Tartu_linnavalitsus, lk 96
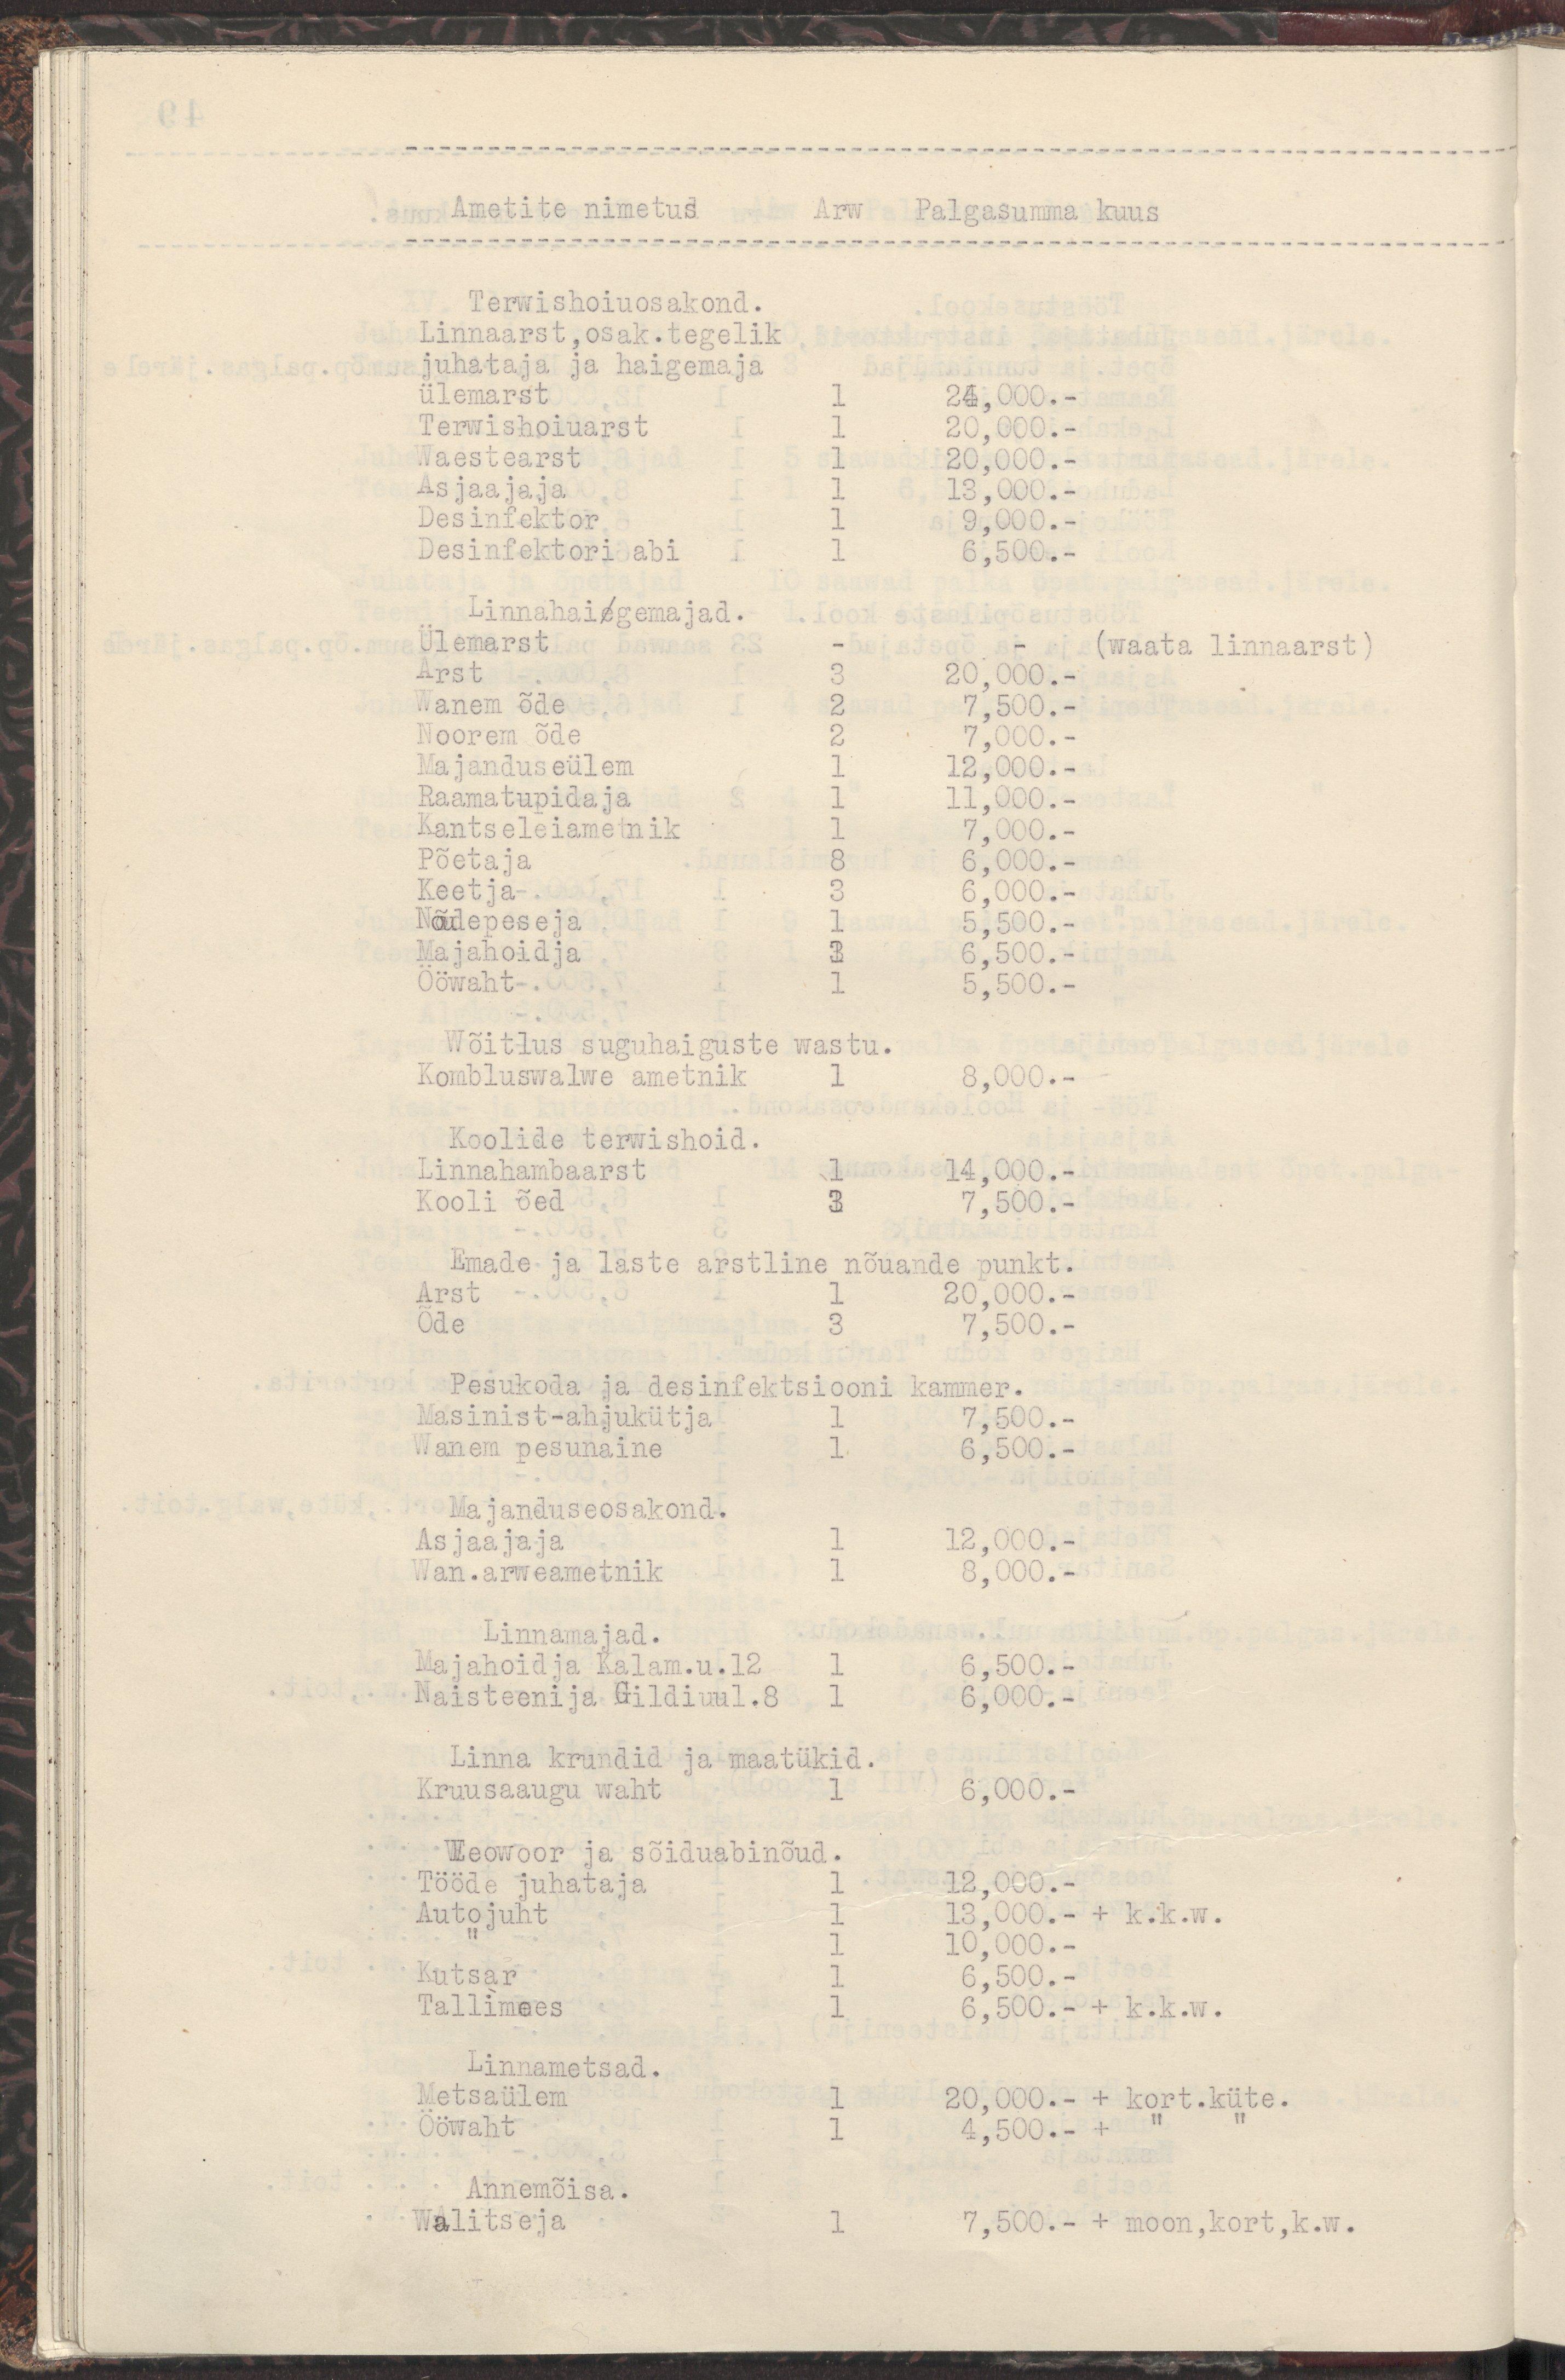
Ametite nimetus    Arw  Palgasumma kuus
---------------------------------------------------------------------
Terwishoiuosakond.
Linnaarst,osak.tegelik
juhataja ja haigemaja
ülemarst     1  24,000.-
Terwishoiuarst    1  20,000.-
Waestearst    1  20,000.-
Asjaajaja    1  13,000.-
Desinfektor    1   9,000.-
Desinfektori abi   1   6,500.-
Linnahaiegemajad.
Ülemarst     -   -  (waata linnaarst)
Arst    3  20,000.-
Wanem õde    2  7,500.-
Noorem õde     2  7,000.-
Majanduseülem    1  12,000.-
Raamatupidaja     1  11,000.-
Kantseleiametnik    1  7,000.-
Põetaja    8  6,000.-
Keetja    3  6,000.-
Nõudepeseja    1   5,500.-
Majahoidja    3   6,500.-
Ööwaht     1  5,500.-
Wõitlus suguhaiguste wastu.
Kombluswalwe ametnik  1    8,000.-
Koolide terwishoid.
Linnahambaarst    1  14,000.-
Kooli õed    3  7,500.-
Emade ja laste arstline nõuande punkt.
Arst    1  20,000.-
Õde    3  7,500.-
Pesukoda ja desinfektsiooni kammer.
Masinist-ahjukütja   1   7,500.-
Wanem pesunaine    1   6,500.-
Majanduseosakond.
Asjaajaja    1  12,000.-
Wan.arweametnik    1  8,000.-
Linnamajad.
Majahoidja Kalam.u.12  1   6,500.-
Naisteenija Gildiuul.8  1  6,000.-
Linna krundid ja maatükid.
Kruusaaugu waht    1   6,000.-
Weowoor ja sõiduabinõud.
Tööde juhataja    1   12,000.-
Autojuht     1  13,000.- + k.k.w.
"      1  10,000.-
Kutsar      1   6,500.-
Tallimees    1   6,500.- + k.k.w.
Linnametsad.
Metsaülem    1  20,000.- + kort.küte.
Ööwaht     1   4,500.- +
Annemõisa.
Walitseja    1  7,500.- + moon,kort,k.w.